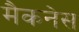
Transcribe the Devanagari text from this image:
मैकनेस